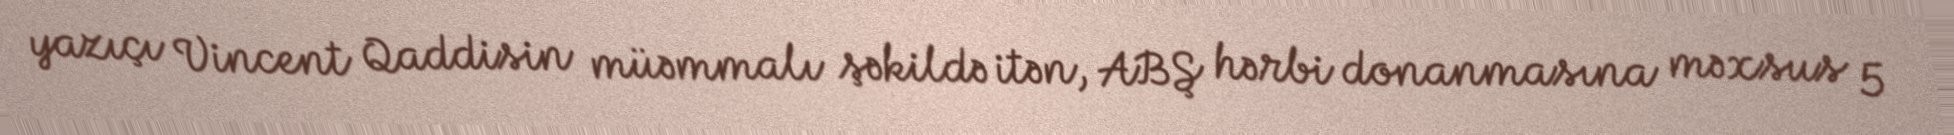
yazıçı Vincent Qaddisin müəmmalı şəkildə itən, ABŞ hərbi donanmasına məxsus 5